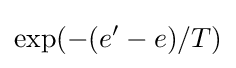
\exp(-(e'-e)/T)